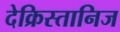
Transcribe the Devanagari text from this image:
देक्रिस्तानिज